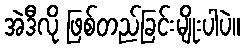
အဲဒီလို ဖြစ်တည်ခြင်းမျိုးပါပဲ။